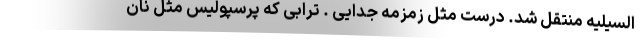
السیلیه منتقل شد. درست مثل زمزمه جدایی . ترابی که پرسپولیس مثل نان